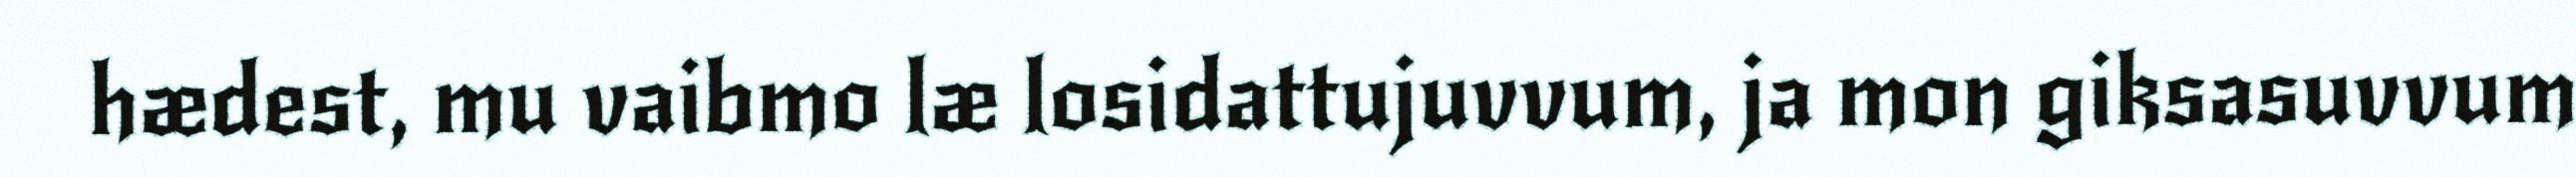
hædest, mu vaibmo læ losidattujuvvum, ja mon giksasuvvum